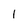
Character: 1